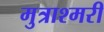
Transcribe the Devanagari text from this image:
मुत्राश्मरी